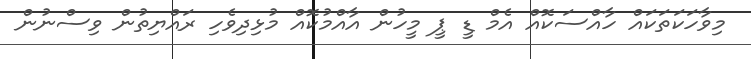
މިވާހަކަތަކައް ހާއްސަކޮއް އެމް ޑީ ޕީ މީހުން އާއްމުކޮއް މުޅިދިވެހި ރައްޔިތުން ވިސްނުން